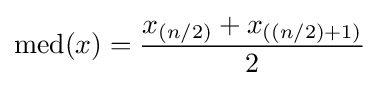
\operatorname {med} (x)={\frac {x_{(n/2)}+x_{((n/2)+1)}}{2}}